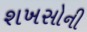
શખસોની